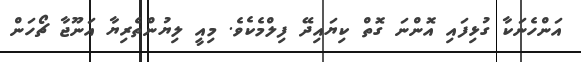
އަންހެނަކާ ގުޅިފައި އޮންނަ ގޮތް ކިޔައިދޭ ފިލްމެކެވެ. މިއީ ލިޔުންތެރިޔާ އަނޫޖާ ޗޯހަން